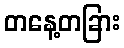
တနေ့တခြား